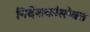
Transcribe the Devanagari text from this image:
निर्देशकांसोबत